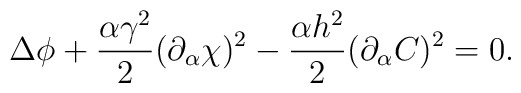
\Delta \phi +\frac{\alpha \gamma ^{2}}{2}(\partial _{\alpha}  \chi )^{2}-\frac{\alpha  h^{2}}{2}(\partial _{\alpha} C )^{2}=0.